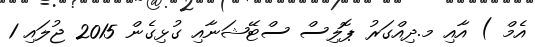
އެމް ) އާއި މ.ދިއްގަރު ޕޮލިސް ސްޓޭޝަނާއި ގުޅިގެން 2015 ޖުލައި 1